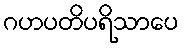
ဂဟပတိပရိသာပေ